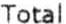
TOTAL